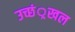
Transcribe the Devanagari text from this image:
उच्छं्रखल